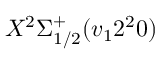
X ^ { 2 } \Sigma _ { 1 / 2 } ^ { + } ( v _ { 1 } 2 ^ { 2 } 0 )